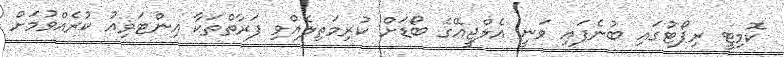
ކޮމިޓީ ރިޕޯޓުގައި ބުނެފައި ވަނީ އެލްޖީއޭގެ ބޯޑަށް ކުރިމަތިލެއްވި ފަރާތްތަކާ އިންޓަވިއު ކުރެއްވުމަށް